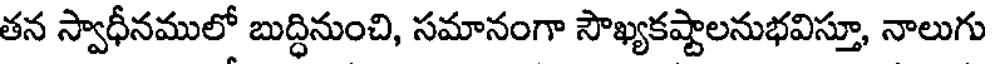
తన స్వాధీనములో బుద్ధినుంచి, సమానంగా సౌఖ్యకష్టాలనుభవిస్తూ, నాలుగు